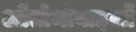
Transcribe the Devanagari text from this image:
औतोमोबाइलों